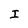
Character: I